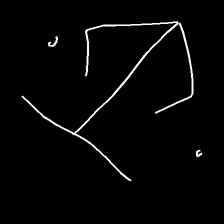
Glyph: earth